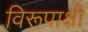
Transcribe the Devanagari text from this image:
विरूपाक्षी